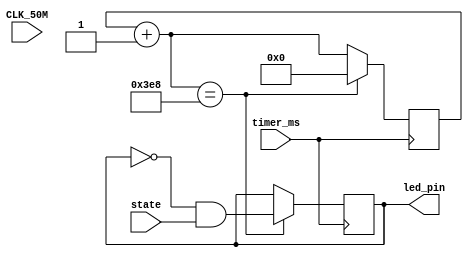
module fsm_led(CLK_50M,timer_ms,led_pin,state);

input wire CLK_50M;
output reg led_pin;
input wire timer_ms;
input state;

reg [9:0] cnt;

always@( posedge timer_ms)
begin
	cnt = cnt + 1;
	if( cnt == 1000 )
	begin
		led_pin <= ~(led_pin) & state; // toggle LED state
		cnt = 0;
	end
end
endmodule